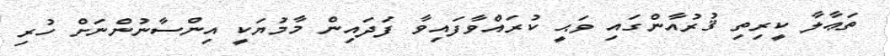
ތަޢާލާ ކީރިތި ޤުރުއާންގައި ވަޙީ ކުރައްވާފައިވާ ފަދައިން މާމުޔަކީ އިންސާނުންނަށް ހުރި